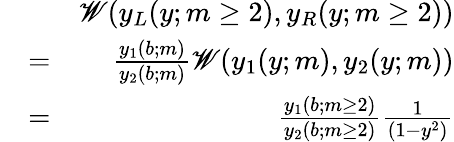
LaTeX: \begin{array}{rlr}&{}&{\mathscr{W}(y_{L}(y;m\geq 2),y_{R}(y;m\geq 2))}\\ &{=}&{\frac{y_{1}(b;m)}{y_{2}(b;m)}\mathscr{W}(y_{1}(y;m),y_{2}(y;m))}\\ &{=}&{\frac{y_{1}(b;m\geq 2)}{y_{2}(b;m\geq 2)}\frac{1}{(1-y^{2})}}\end{array}